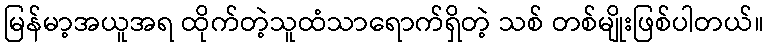
မြန်မာ့အယူအရ ထိုက်တဲ့သူထံသာရောက်ရှိတဲ့ သစ် တစ်မျိုးဖြစ်ပါတယ်။